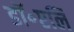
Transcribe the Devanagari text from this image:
डॉ॰एलि